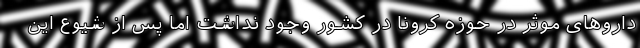
داروهای موثر در حوزه کرونا در کشور وجود نداشت اما پس از شیوع این